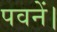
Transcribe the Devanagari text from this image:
पवनें।